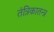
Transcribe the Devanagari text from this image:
तंत्रिकातन्त्र